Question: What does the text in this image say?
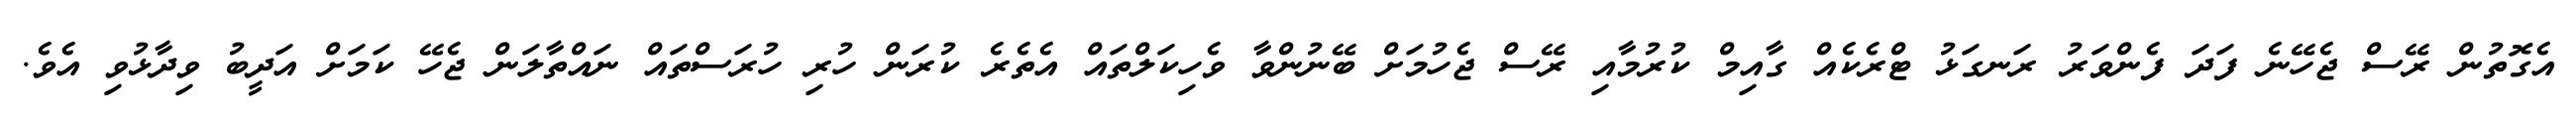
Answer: އެގޮތުން ރޭސް ޖެހޭނެ ފަދަ ފެންވަރު ރަނގަޅު ޓްރެކެއް ގާއިމް ކުރުމާއި ރޭސް ޖެހުމަށް ބޭނުންވާ ވެހިކަލްތައް އެތެރެ ކުރަން ހުރި ހުރަސްތައް ނައްތާލަން ޖެހޭ ކަމަށް އަދީބު ވިދާޅުވި އެވެ.